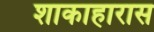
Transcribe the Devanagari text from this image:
शाकाहारास